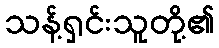
သန့်ရှင်းသူတို့၏